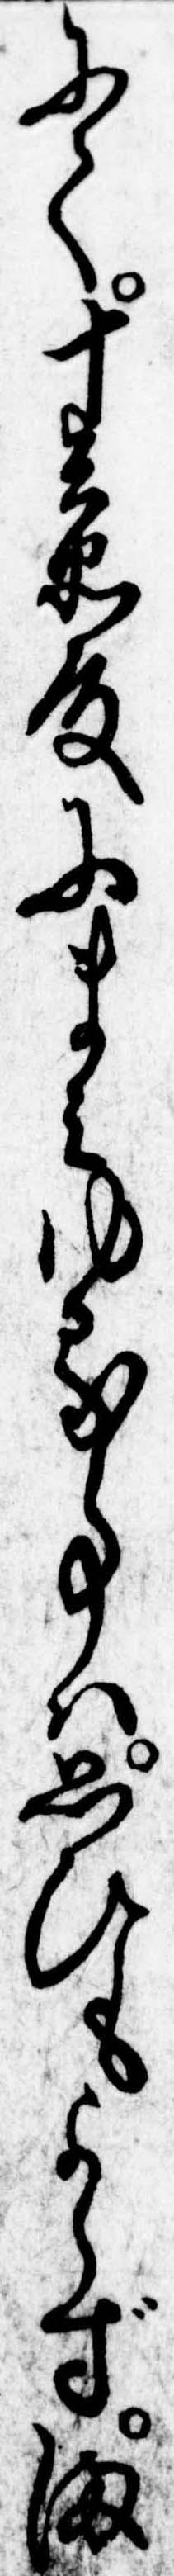
にて十兵衛殿にまみゆる事は思ひもよらずま